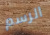
الرسم